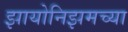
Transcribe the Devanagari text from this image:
झायोनिझमच्या